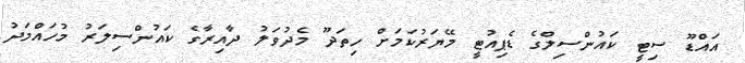
އައްޑޫ ސިޓީ ކައުންސިލްގެ ޑެޕިއުޓީ މޭޔަރުކަމަށް ހިތަދޫ މެދުވަލު ދާއިރާގެ ކައުންސިލަރު މުހައްމަދު